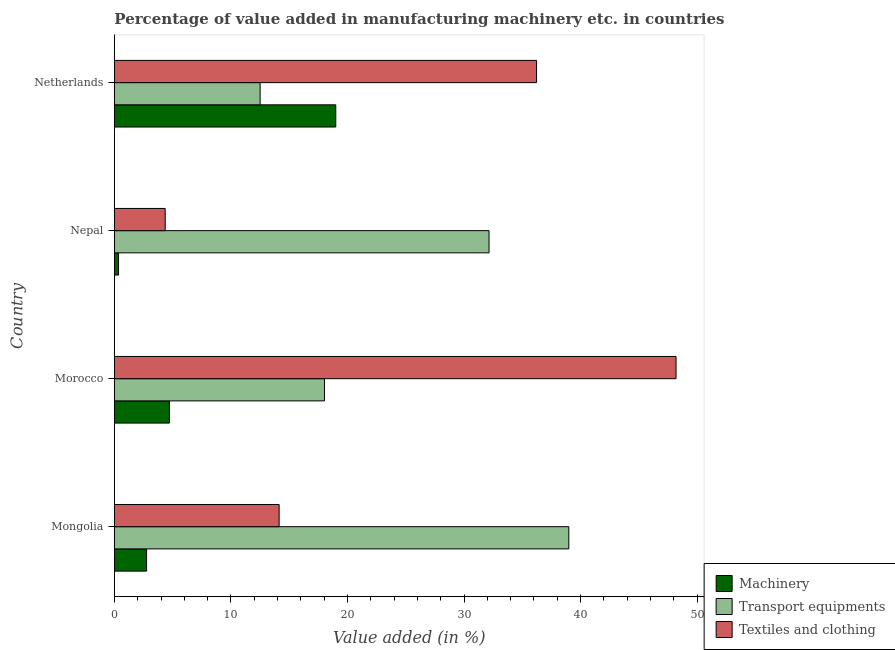
| Country | Machinery | Transport equipments | Textiles and clothing |
 | --- | --- | --- | --- |
 | Mongolia | 2.76 | 39 | 14.1 |
 | Morocco | 4.72 | 18 | 48.2 |
 | Nepal | 0.354 | 32.1 | 4.36 |
 | Netherlands | 19 | 12.5 | 36.2 |